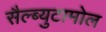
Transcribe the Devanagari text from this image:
सैल्ब्युटामोल